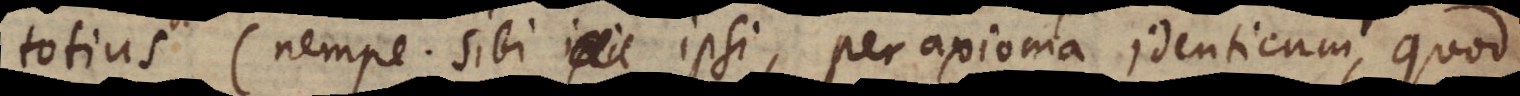
totius (nempe sibi ipsi, per axioma identicum, quod